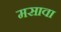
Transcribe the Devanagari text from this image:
मसावा